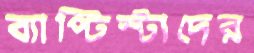
ব্যাপ্টিস্টাদের